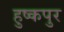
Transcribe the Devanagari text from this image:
हुष्कपुर